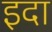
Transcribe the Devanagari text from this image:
इदा